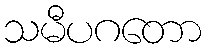
သမီပဂတော